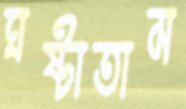
ঘষ্‌টাতাম